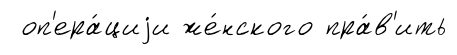
оп'ера́циjи же́нского пра́в'ить